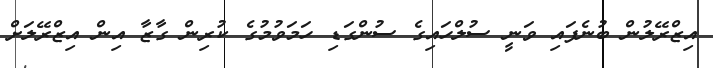
އިޒްރޭލުން ބުނެފައި ވަނީ ސުލްހައިގެ ސުންގަޑި ހަމަވުމުގެ ކުރިން ގާޒާ އިން އިޒްރޭލަށް